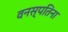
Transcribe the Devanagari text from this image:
वनस्पतिना